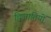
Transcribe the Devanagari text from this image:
द्विजातियों